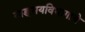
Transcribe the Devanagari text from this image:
वाङ्‌मयविभागाचे